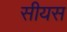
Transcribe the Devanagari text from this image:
सीयस